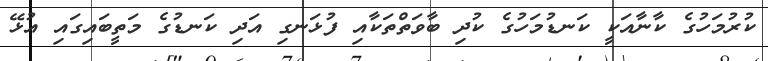
ކުރުމަހުގެ ކާނާއަކީ ކަނޑުމަހުގެ ކުދި ބާވަތްތަކާއި ފުޅަނގި އަދި ކަނޑުގެ މަތީބައިގައި އުޅޭ